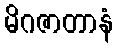
မိဂဇာတာနံ